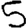
Digit: 5